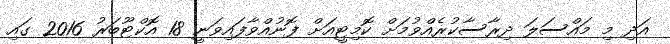
އަދި މި މައްސަލަ ދިރާސާކުރެއްވުމަށް ކޮމިޓީއަށް ފޮނުއްވާފައިވަނީ 18 އޮކްޓޫބަރު 2016 ގައި